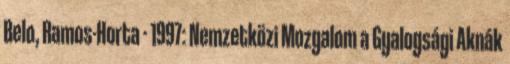
Belo, Ramos-Horta · 1997: Nemzetközi Mozgalom a Gyalogsági Aknák